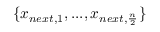
\{ x _ { n e x t , 1 } , . . . , x _ { n e x t , \frac { n } { 2 } } \}